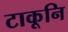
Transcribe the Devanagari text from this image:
टाकूनि